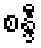
စန္ဒီ